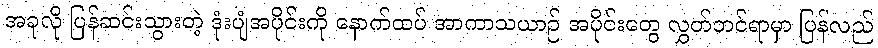
အခုလို ပြန်ဆင်းသွားတဲ့ ဒုံးပျံအပိုင်းကို နောက်ထပ် အာကာသယာဉ် အပိုင်းတွေ လွှတ်တင်ရာမှာ ပြန်လည်